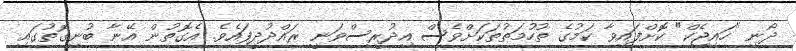
ދޯނި "ހައިޖެކް" ކޮށްފައިވާ ކަމުގެ ތުހުމަތުތަކަށްވެސް އިދުރީސްވަނީ ރައްދުދީފައެވެ. އެގޮތުން އޭނާ ބުނިގޮތުގައި